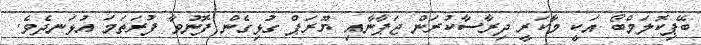
ބޭޕިކޮލަމްބޯ އަކީ މާކަރީ ދިރާސާކުރަން ޖަޕާނާއި ޔޫރަޕް ގުޅިގެން ފޮނުވާ ފުރަތަމަ އުޅަނދެވެ.